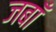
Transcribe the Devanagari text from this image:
जबाँ